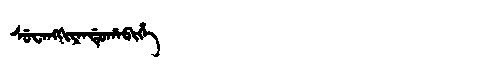
Manchu: ᠰᡠᠸᠠᠩᡴᡳᠶᠠᠨᡩᡠᡥᠠᠪᡳᡥᡝ
Romanization: SUWANGKIYANDUHABIHE